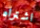
اشتراه